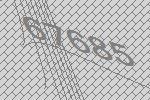
67685